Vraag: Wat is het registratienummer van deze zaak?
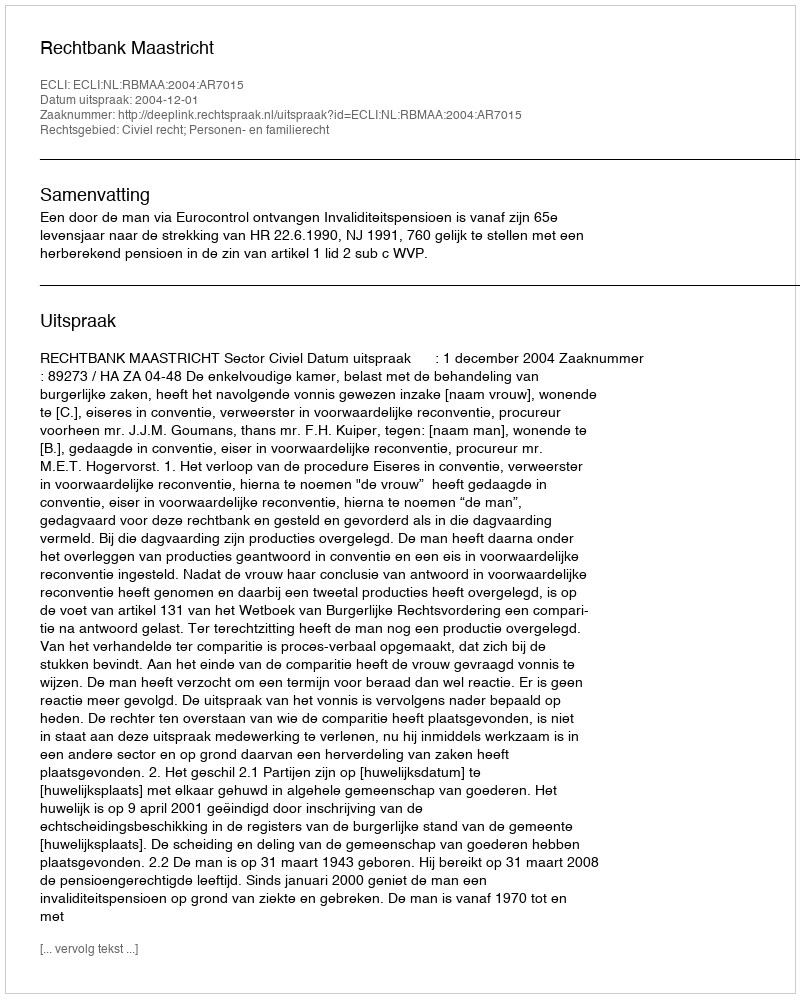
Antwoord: http://deeplink.rechtspraak.nl/uitspraak?id=ECLI:NL:RBMAA:2004:AR7015